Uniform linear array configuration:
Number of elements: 64
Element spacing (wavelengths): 1
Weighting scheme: hann
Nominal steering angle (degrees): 60
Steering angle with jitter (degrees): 60.226
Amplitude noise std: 0.05
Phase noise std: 0.05

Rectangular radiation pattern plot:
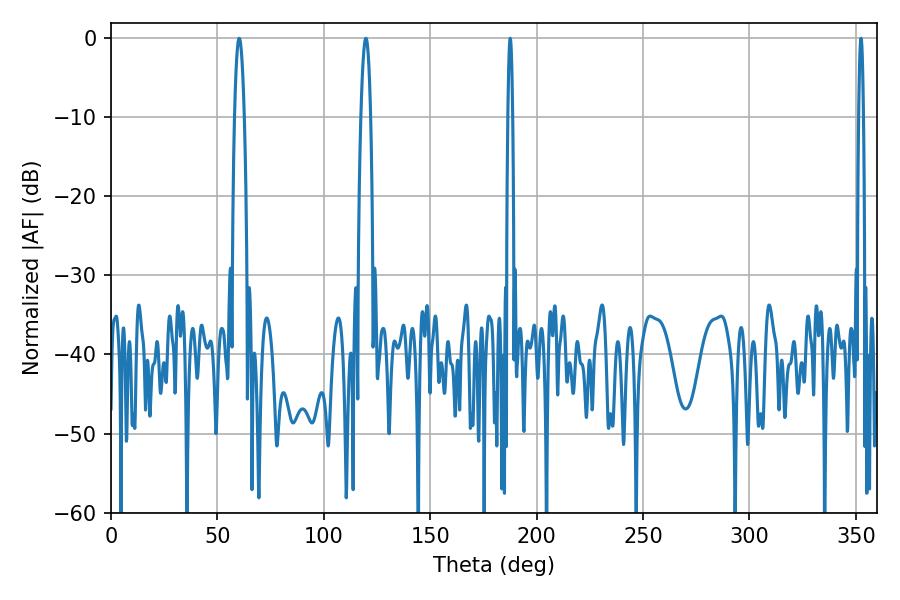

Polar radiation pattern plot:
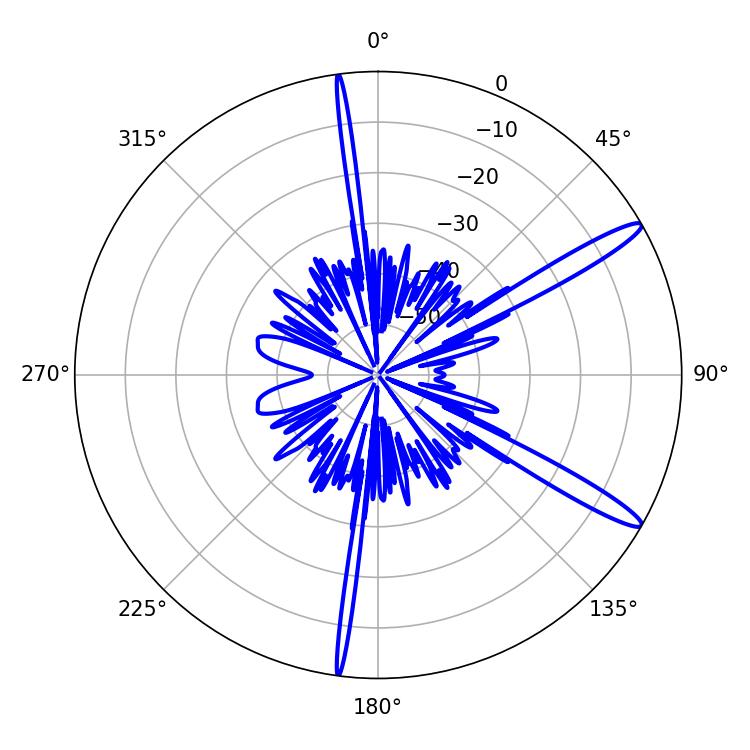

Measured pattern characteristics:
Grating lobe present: TRUE
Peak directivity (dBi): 14.137
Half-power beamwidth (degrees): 1.08
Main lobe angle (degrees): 187.56